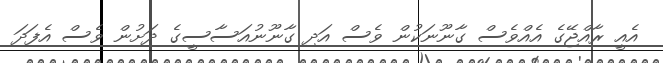
އެއީ ރާއްޖޭގެ އެއްވެސް ގާނޫނަކުން ވެސް އަދި ގާނޫނުއަސާސީގެ ދަށުން ވެސް އެފަދަ